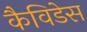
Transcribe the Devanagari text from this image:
कैविडेस